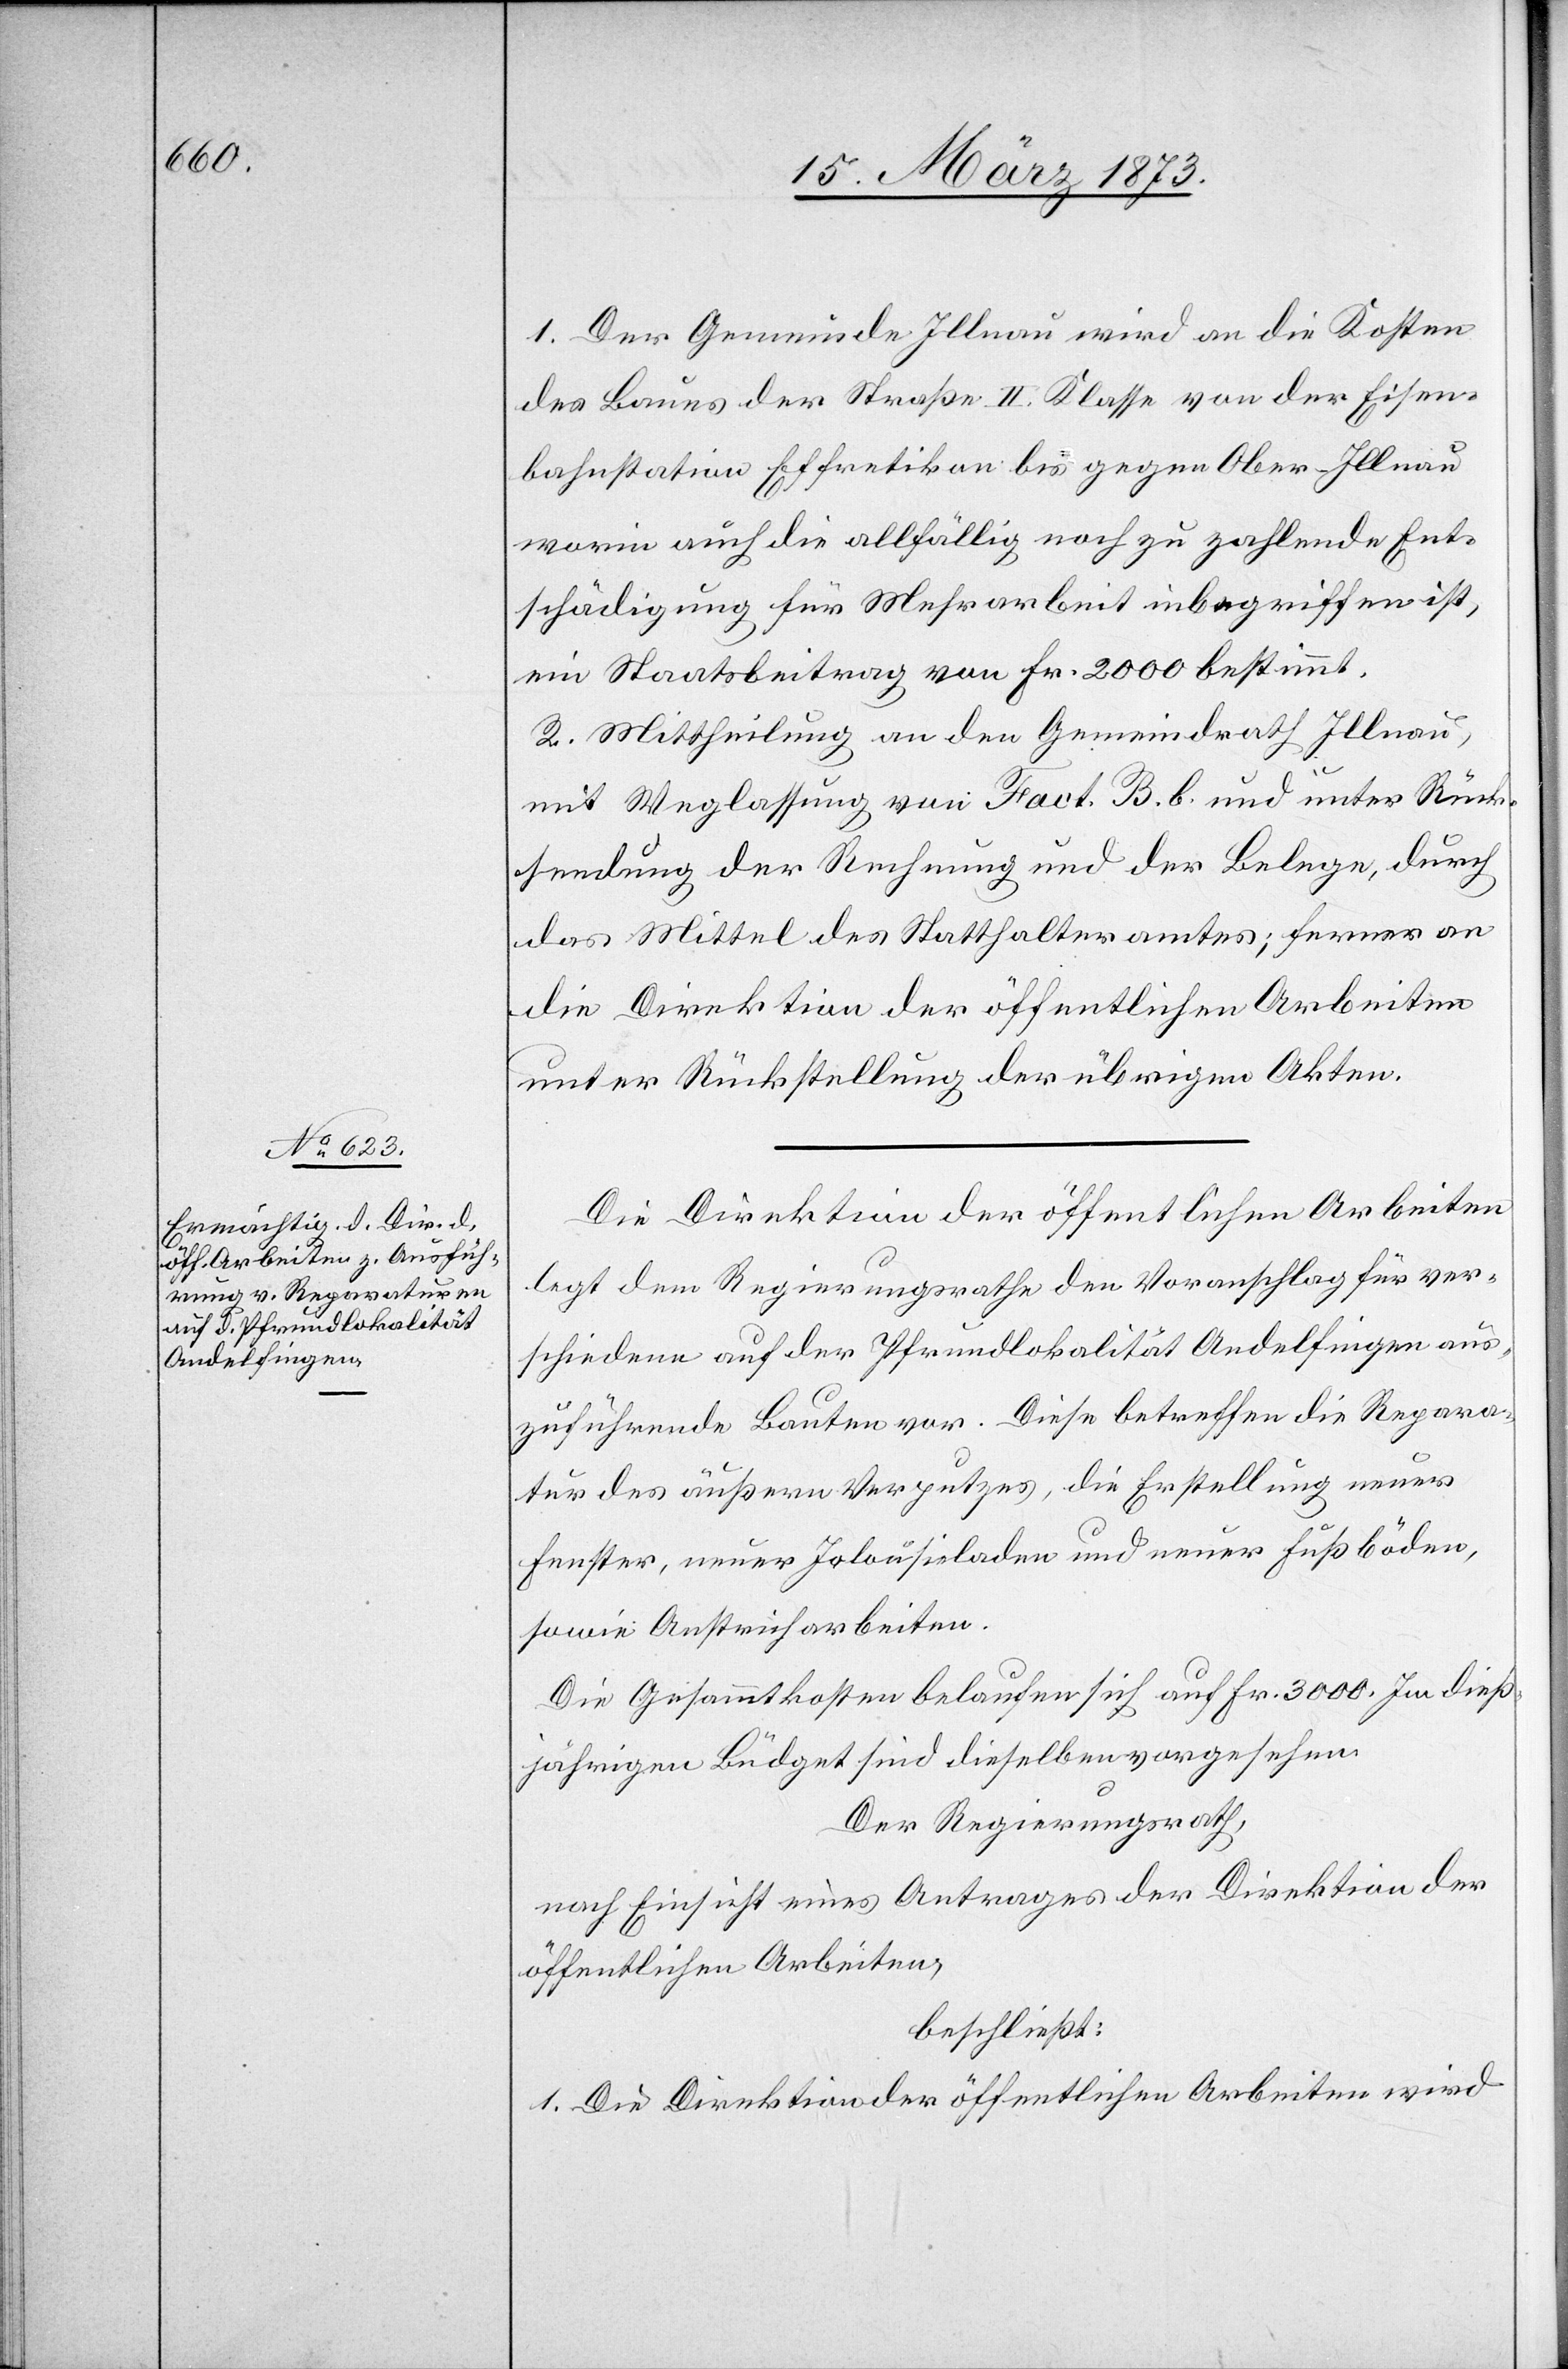
1. Der Gemeinde Illnau wird an die Kosten
des Baues der Straße II. Klasse von der Eisen¬
bahnstation Effretikon bis gegen Ober-Illnau
worin auch die allfällig noch zu zahlende Ent¬
schädigung für Mehrarbeit inbegriffen ist,
ein Staatsbeitrag von Fr. 2000 bestimmt.
2. Mittheilung an den Gemeindrath Illnau,
mit Weglassung von Fact. B. b. und unter Rück¬
sendung der Rechnung und der Belege, durch
das Mittel des Statthalteramtes; ferner an
die Direktion der öffentlichen Arbeiten
unter Rückstellung der übrigen Akten.
Die Direktion der öffentlichen Arbeiten
legt dem Regierungsrathe den Voranschlag für ver¬
schiedene auf der Pfundlokalität Andelfingen aus¬
zuführende Bauten vor. Diese betreffen die Repara¬
tur des äußern Verputzes, die Erstellung neuer
Fenster, neuer Jalousieladen und neuer Fußböden,
sowie Anstricharbeiten.
Die Gesammtkosten belaufen sich auf Fr. 3000. Im dieß¬
jährigen Büdget sind dieselben vorgesehen.
Der Regierungsrath,
nach Einsicht eines Antrages der Direktion der
öffentlichen Arbeiten,
beschließt:
1. Die Direktion der öffentlichen Arbeiten wird